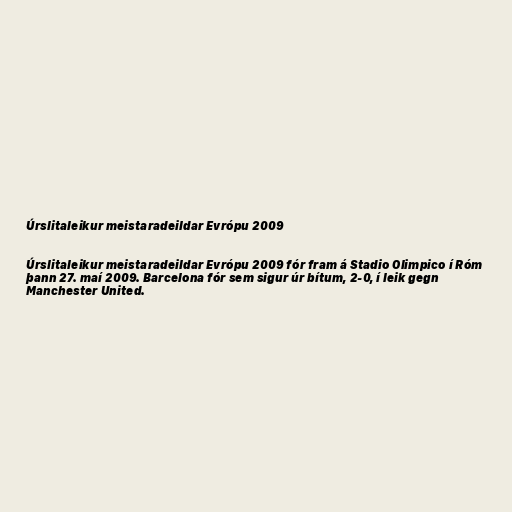
Úrslitaleikur meistaradeildar Evrópu 2009

Úrslitaleikur meistaradeildar Evrópu 2009 fór fram á Stadio Olimpico í Róm
þann 27. maí 2009. Barcelona fór sem sigur úr bítum, 2-0, í leik gegn
Manchester United.